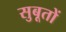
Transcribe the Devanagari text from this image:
सुबूतों